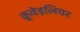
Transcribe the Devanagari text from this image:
क्रूवेइलियर